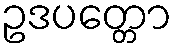
ဥဒပတ္တော